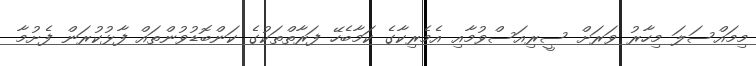
މިމައްސަލަ މިހާރު ވަރަށް ސީރިއަސްވުމާއި އެމެރިކާގެ ކަމާބެހޭ ފަރާތްތަކުގެ ކަންބޮޑުވުންތައް ފާޅުކުރަން ފެށުމާ